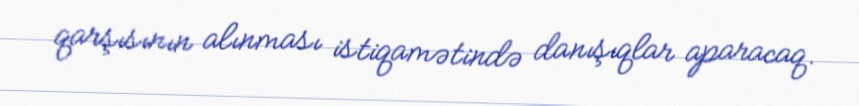
qarşısının alınması istiqamətində danışıqlar aparacaq.